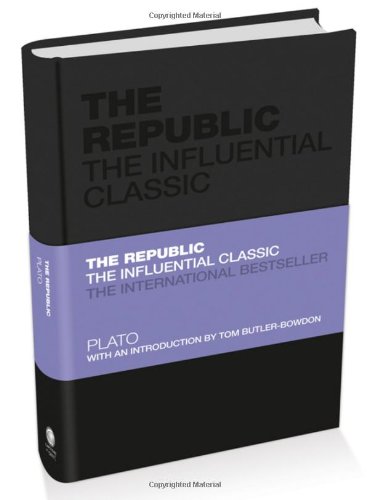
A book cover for The Republic: The Influential Classic; Plato; Politics & Social Sciences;